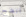
انضج